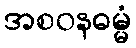
အစဝနဓမ္မံ